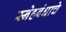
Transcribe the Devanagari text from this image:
स्नेहबंधाचे